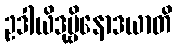
ဥဒါယိဒုဗ္ဗိနောဒယာတိ